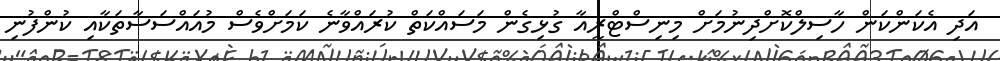
އަދި އެކަންކަން ހާސިލްކޮށްދިނުމަށް މިނިސްޓްރީއާ ގުޅިގެން މަސައްކަތް ކުރައްވާނެ ކަމަށްވެސް މުއައްސަސާތަކާއި ކުންފުނި